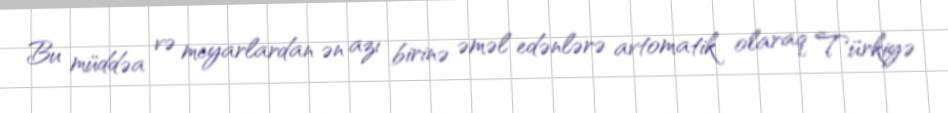
Bu müddəa və meyarlardan ən azı birinə əməl edənlərə avtomatik olaraq Türkiyə